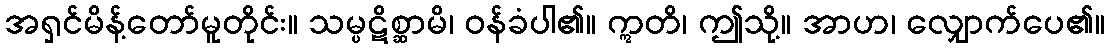
အရှင်မိန့်တော်မူတိုင်း။ သမ္ပဋိစ္ဆာမိ၊ ဝန်ခံပါ၏။ ဣတိ၊ ဤသို့။ အာဟ၊ လျှောက်ပေ၏။